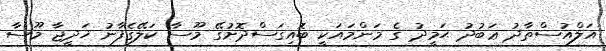
އަލްއުސްތާޛު ޢަބުދު ޙަމީދު ގެ މަންމައަކީ ބޮއިގަސްދޮށުގޭ މޫސާ ކަލޭގެފާނު ޚަދީޖާ މޫސާ